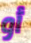
أو